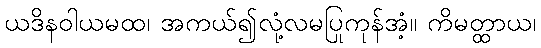
ယဒိနဝါယမထ၊ အကယ်၍လုံ့လမပြုကုန်အံ့။ ကိမတ္ထာယ၊